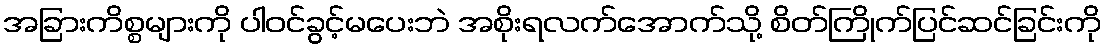
အခြားကိစ္စများကို ပါဝင်ခွင့်မပေးဘဲ အစိုးရလက်အောက်သို့ စိတ်ကြိုက်ပြင်ဆင်ခြင်းကို